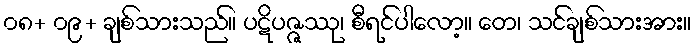
၀၈+ ၀၉+ ချစ်သားသည်။ ပဋိပဇ္ဇဿု၊ စီရင်ပါလော့။ တေ၊ သင်ချစ်သားအား။